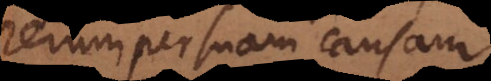
rerum per suam causam.